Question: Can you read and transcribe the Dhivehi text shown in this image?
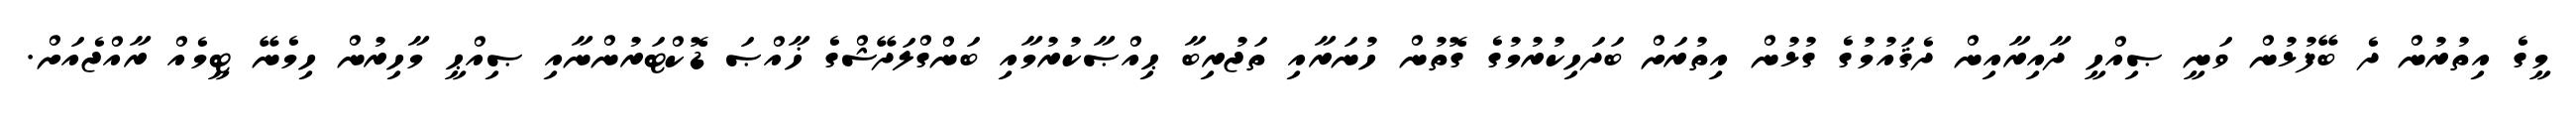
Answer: މީގެ އިތުރުން ދެ ބޭފުޅުން ވަނީ ޞިއްހީ ދާއިރާއިން ދެޤައުމުގެ ގުޅުން އިތުރަށް ބަދަހިކުރުމުގެ ގޮތުން ހުނަރާއި ތަޖުރިބާ ޙިއްޞާކުރުމާއި ބަންގްލަދޭޝްގެ ޚާއްޞަ ޑޮކްޓަރުންނާއި ޞިއްޙީ މާހިރުން ހިމެނޭ ޓީމެއް ރާއްޖެއަށް.